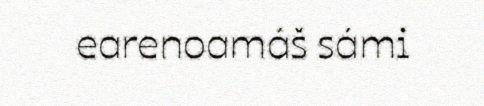
earenoamáš sámi